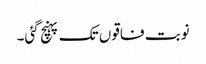
نوبت فاقوں تک پہنچ گئی۔